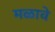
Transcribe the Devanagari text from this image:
मळावे